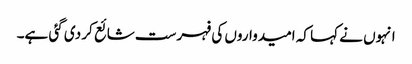
انہوں نے کہا کہ امیدواروں کی فہرست شائع کر دی گئی ہے۔